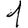
Digit: 1